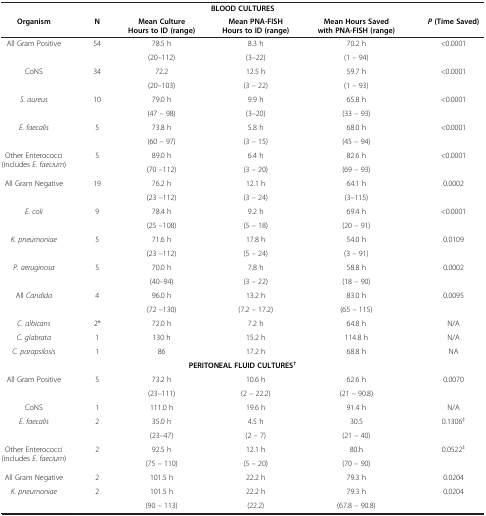
<table><thead><tr><td colspan="6"><b>BLOOD CULTURES</b></td></tr><tr><td><b>Organism</b></td><td><b>N</b></td><td><b>Mean Culture Hours to ID (range)</b></td><td><b>Mean PNA-FISH Hours to ID (range)</b></td><td><b>Mean Hours Saved with PNA-FISH (range)</b></td><td><b><i>P</i>(Time Saved)</b></td></tr></thead><tbody><tr><td rowspan="2">All Gram Positive</td><td rowspan="2">54</td><td>78.5 h</td><td>8.3 h</td><td>70.2 h</td><td rowspan="2">&lt;0.0001</td></tr><tr><td>(20–112)</td><td>(3–22)</td><td>(1 – 94)</td></tr><tr><td rowspan="2">CoNS</td><td rowspan="2">34</td><td>72.2</td><td>12.5 h</td><td>59.7 h</td><td rowspan="2">&lt;0.0001</td></tr><tr><td>(20–103)</td><td>(3 – 22)</td><td>(1 – 93)</td></tr><tr><td rowspan="2"><i>S. aureus</i></td><td rowspan="2">10</td><td>79.0 h</td><td>9.9 h</td><td>65.8 h</td><td rowspan="2">&lt;0.0001</td></tr><tr><td>(47 – 98)</td><td>(3–20)</td><td>(33 – 93)</td></tr><tr><td rowspan="2"><i>E. faecalis</i></td><td rowspan="2">5</td><td>73.8 h</td><td>5.8 h</td><td>68.0 h</td><td rowspan="2">&lt;0.0001</td></tr><tr><td>(60 – 97)</td><td>(3 – 15)</td><td>(45 – 94)</td></tr><tr><td rowspan="2">Other Enterococci (includes <i>E. faecium</i>)</td><td rowspan="2">5</td><td>89.0 h</td><td>6.4 h</td><td>82.6 h</td><td rowspan="2">&lt;0.0001</td></tr><tr><td>(70 –112)</td><td>(3 – 20)</td><td>(69 – 93)</td></tr><tr><td rowspan="2">All Gram Negative</td><td rowspan="2">19</td><td>76.2 h</td><td>12.1 h</td><td>64.1 h</td><td rowspan="2">0.0002</td></tr><tr><td>(23 –112)</td><td>(3 – 24)</td><td>(3–115)</td></tr><tr><td rowspan="2"><i>E. coli</i></td><td rowspan="2">9</td><td>78.4 h</td><td>9.2 h</td><td>69.4 h</td><td rowspan="2">&lt;0.0001</td></tr><tr><td>(25 –108)</td><td>(5 – 18)</td><td>(20 – 91)</td></tr><tr><td rowspan="2"><i>K. pneumoniae</i></td><td rowspan="2">5</td><td>71.6 h</td><td>17.8 h</td><td>54.0 h</td><td rowspan="2">0.0109</td></tr><tr><td>(23 –112)</td><td>(5 – 24)</td><td>(3 – 91)</td></tr><tr><td rowspan="2"><i>P. aeruginosa</i></td><td rowspan="2">5</td><td>70.0 h</td><td>7.8 h</td><td>58.8 h</td><td rowspan="2">0.0002</td></tr><tr><td>(40–94)</td><td>(3 – 22)</td><td>(18 – 90)</td></tr><tr><td rowspan="2">All <i>Candida</i></td><td rowspan="2">4</td><td>96.0 h</td><td>13.2 h</td><td>83.0 h</td><td rowspan="2">0.0095</td></tr><tr><td>(72 –130)</td><td>(7.2 – 17.2)</td><td>(65 – 115)</td></tr><tr><td><i>C. albicans</i></td><td>2*</td><td>72.0 h</td><td>7.2 h</td><td>64.8 h</td><td>N/A</td></tr><tr><td><i>C. glabrata</i></td><td>1</td><td>130 h</td><td>15.2 h</td><td>114.8 h</td><td>N/A</td></tr><tr><td><i>C. parapsilosis</i></td><td>1</td><td>86</td><td>17.2 h</td><td>68.8 h</td><td>NA</td></tr><tr><td colspan="6"><b>PERITONEAL FLUID CULTURES</b><sup><b>†</b></sup></td></tr><tr><td rowspan="2">All Gram Positive</td><td rowspan="2">5</td><td>73.2 h</td><td>10.6 h</td><td>62.6 h</td><td rowspan="2">0.0070</td></tr><tr><td>(23–111)</td><td>(2 – 22.2)</td><td>(21 – 90.8)</td></tr><tr><td>CoNS</td><td>1</td><td>111.0 h</td><td>19.6 h</td><td>91.4 h</td><td>N/A</td></tr><tr><td rowspan="2"><i>E. faecalis</i></td><td rowspan="2">2</td><td>35.0 h</td><td>4.5 h</td><td>30.5</td><td rowspan="2">0.1306<sup>‡</sup></td></tr><tr><td>(23–47)</td><td>(2 – 7)</td><td>(21 – 40)</td></tr><tr><td rowspan="2">Other Enterococci (includes <i>E. faecium</i>)</td><td rowspan="2">2</td><td>92.5 h</td><td>12.1 h</td><td>80.h</td><td rowspan="2">0.0522<sup>‡</sup></td></tr><tr><td>(75 – 110)</td><td>(5 – 20)</td><td>(70 – 90)</td></tr><tr><td>All Gram Negative</td><td>2</td><td>101.5 h</td><td>22.2 h</td><td>79.3 h</td><td>0.0204</td></tr><tr><td rowspan="2"><i>K. pneumoniae</i></td><td rowspan="2">2</td><td>101.5 h</td><td>22.2 h</td><td>79.3 h</td><td rowspan="2">0.0204</td></tr><tr><td>(90 – 113)</td><td>(22.2)</td><td>(67.8 – 90.8)</td></tr></tbody></table>